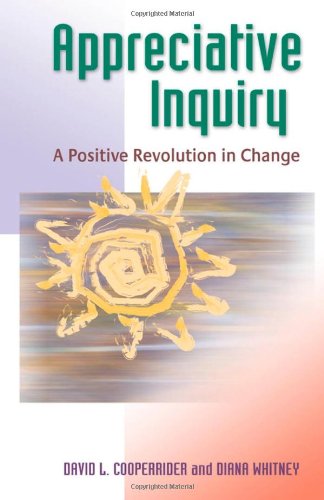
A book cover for Appreciative Inquiry: A Positive Revolution in Change; David L Cooperrider; Business & Money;